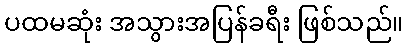
ပထမဆုံး အသွားအပြန်ခရီး ဖြစ်သည်။